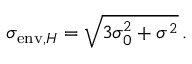
\sigma _ { \mathrm { e n v } , H } = \sqrt { 3 \sigma _ { 0 } ^ { 2 } + \sigma ^ { 2 } } \, .